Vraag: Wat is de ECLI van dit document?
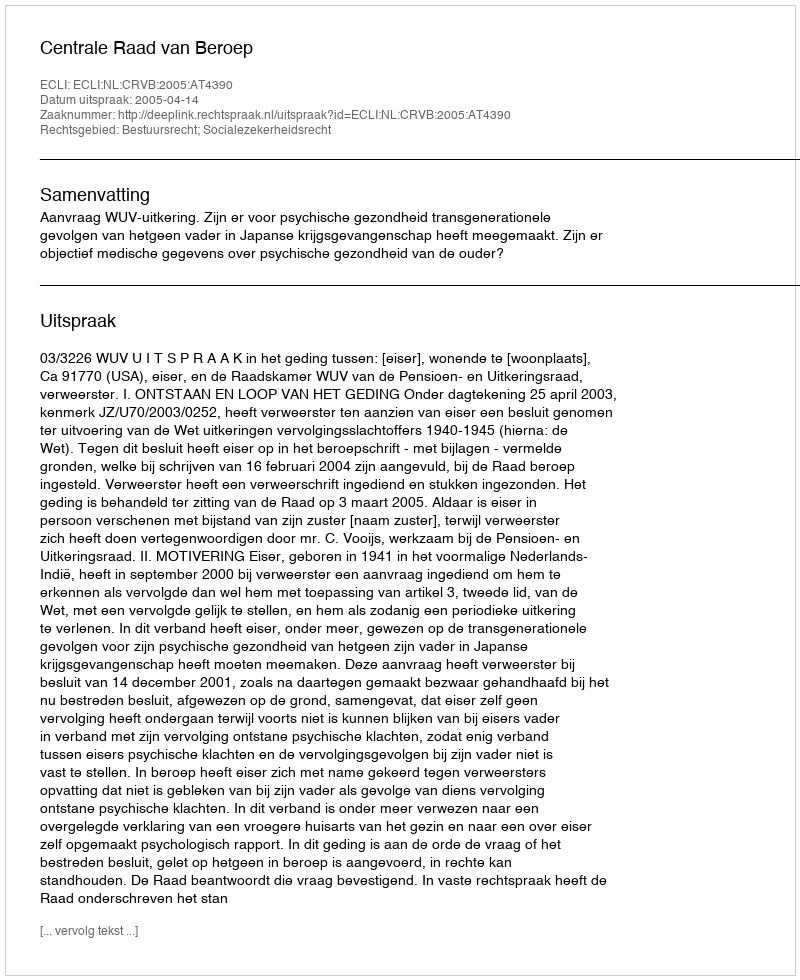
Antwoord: ECLI:NL:CRVB:2005:AT4390